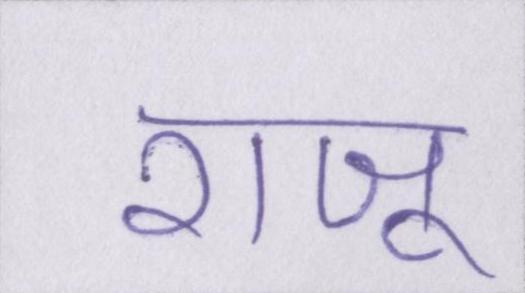
राजू